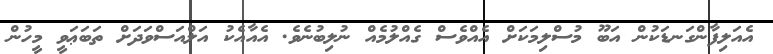
އެއަލިފާންގަނޑަކުން އަބޫ މުސްލިމަކަށް އެއްވެސް ގެއްލުމެއް ނުލިބުނެވެ. އެއާއެކު އަލްއަސްވަދަށް ތަބަޢަވީ މީހުން